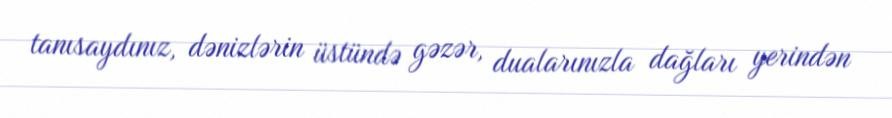
tanısaydınız, dənizlərin üstündə gəzər, dualarınızla dağları yerindən